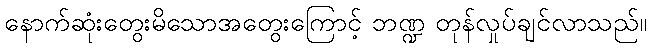
နောက်ဆုံးတွေးမိသောအတွေးကြောင့် ဘဏ္ဍ တုန်လှုပ်ချင်လာသည်။